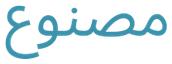
مصنوع